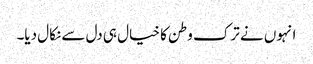
انہوں نے ترک وطن کا خیال ہی دل سے نکال دیا۔